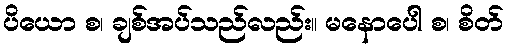
ပိယော စ၊ ချစ်အပ်သည်လည်း။ မနောပေါ စ၊ စိတ်